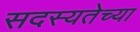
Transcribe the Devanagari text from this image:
सदस्यतेच्या